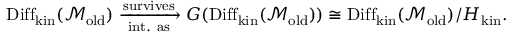
\begin{array} { r } { \mathrm { D i f f } _ { \mathrm { k i n } } ( \mathcal { M } _ { \mathrm { o l d } } ) \xrightarrow [ \mathrm { i n t . ~ a s } ] { \mathrm { s u r v i v e s } } G ( \mathrm { D i f f } _ { \mathrm { k i n } } ( \mathcal { M } _ { \mathrm { o l d } } ) ) \cong \mathrm { D i f f } _ { \mathrm { k i n } } ( \mathcal { M } _ { \mathrm { o l d } } ) / H _ { \mathrm { k i n } } . } \end{array}